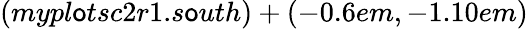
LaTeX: (mypl\mathsf{o}tsc2r1.s\mathsf{o}uth)+(-0.6em,-1.10em)